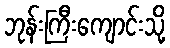
ဘုန်းကြီးကျောင်းသို့